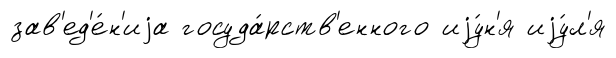
зав'ед'е́н'иjа госуда́рств'енного иjу́н'я иjу́л'я